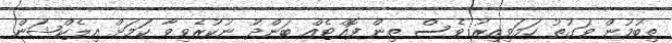
ތިބުމުން ވަގުތު ހަމަވިއިރު ވެސް ތިން ފޮއްޓެއް ބަންދު ނުކުރެވިވާ ކަމަށް އިލެކްޝަން